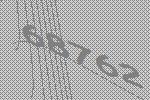
68762